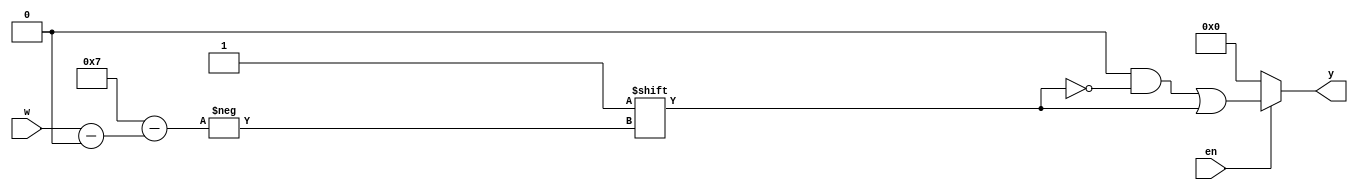
`timescale 1ns / 1ps
//////////////////////////////////////////////////////////////////////////////////
// Company: 
// Engineer: 
// 
// Design Name: 
// Module Name: decoder_generic
// Project Name: 
// Target Devices: 
// Tool Versions: 
// Description: 
// 
// Dependencies: 
// 
// Revision:
// Revision 0.01 - File Created
// Additional Comments:
// 
//////////////////////////////////////////////////////////////////////////////////


module decoder_generic
    #(parameter N = 3)(
    input [N - 1:0] w,
    input en,
    output reg [0:2 ** N - 1] y
    );
    
    always @(w, en)
    begin
        y = 'b0;
        if (en)
            y[w] = 1'b1; 
        else
            y = 'b0;
    end
endmodule